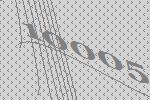
10005